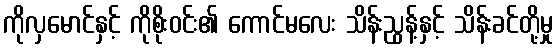
ကိုလှမောင်နှင့် ကိုစိုးဝင်း၏ ကောင်မလေး သိန်းညွန့်နှင့် သိန်းခင်တို့မှု